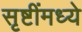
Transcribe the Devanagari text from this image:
सृष्टींमध्ये